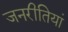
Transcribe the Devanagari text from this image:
जनरीतियां